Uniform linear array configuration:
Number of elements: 12
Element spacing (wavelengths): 0.75
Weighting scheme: hamming
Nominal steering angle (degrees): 45
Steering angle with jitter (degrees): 43.704
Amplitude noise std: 0.05
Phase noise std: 0.05

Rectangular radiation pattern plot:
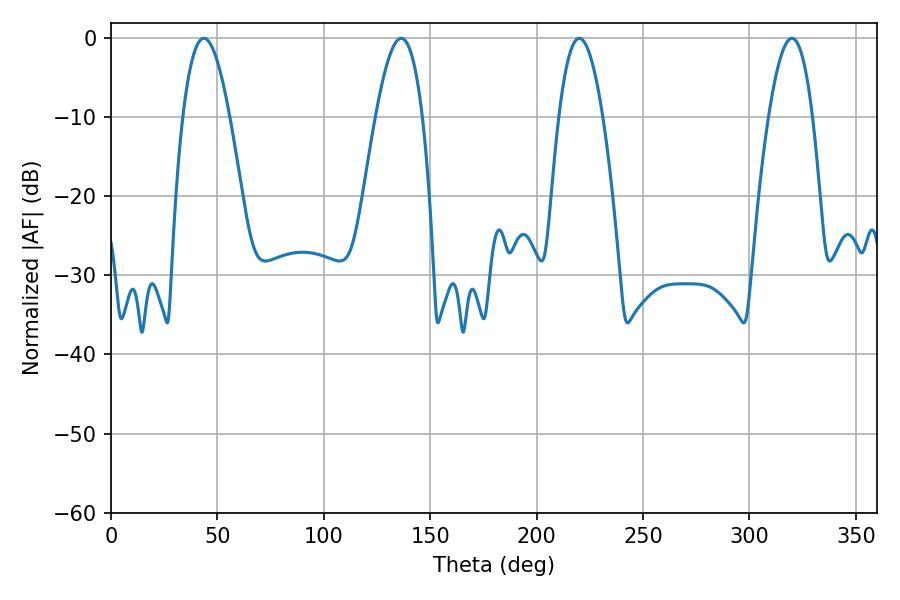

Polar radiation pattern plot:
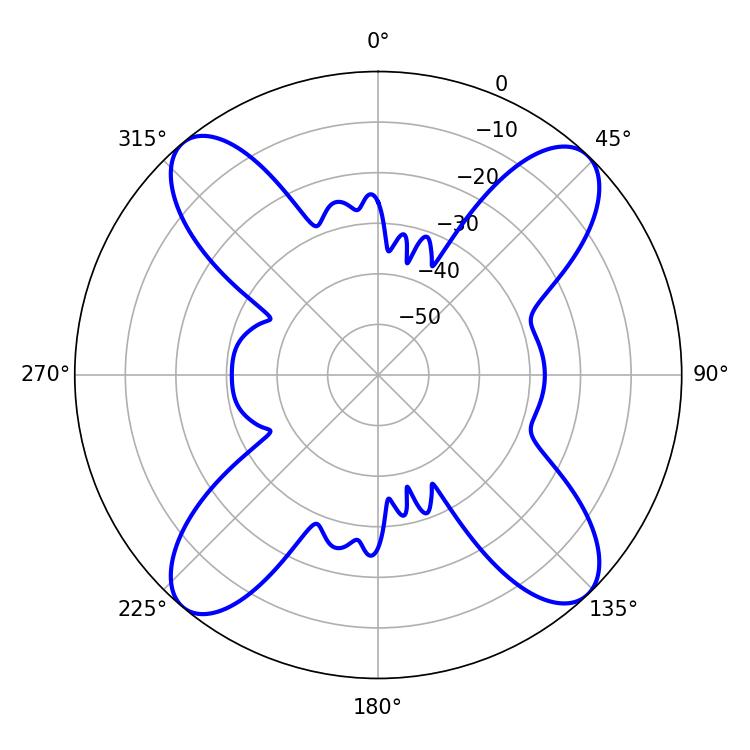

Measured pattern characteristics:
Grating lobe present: TRUE
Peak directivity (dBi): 16.893
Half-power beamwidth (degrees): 12.06
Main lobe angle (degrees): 43.56